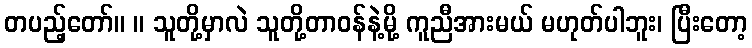
တပည့်တော်။ ။ သူတို့မှာလဲ သူတို့တာဝန်နဲ့မို့ ကူညီအားမယ် မဟုတ်ပါဘူး၊ ပြီးတော့